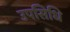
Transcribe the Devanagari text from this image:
उपसिधि